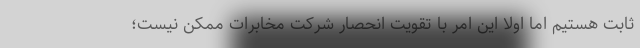
ثابت هستیم اما اولاً این امر با تقویت انحصار شرکت مخابرات ممکن نیست؛